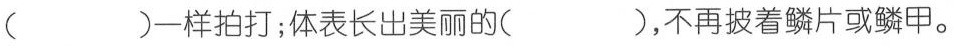
()一样拍打；体表长出美丽的()，不再披着鳞片或鳞甲。